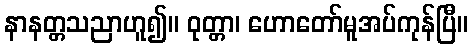
နာနတ္တသညာဟူ၍။ ဝုတ္တာ၊ ဟောတော်မူအပ်ကုန်ပြီ။